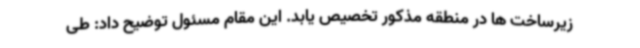
زیرساخت ها در منطقه مذکور تخصیص یابد. این مقام مسئول توضیح داد: طی